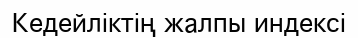
Кедейліктің жалпы индексі